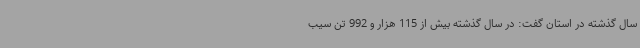
سال گذشته در استان گفت: در سال گذشته بیش از 115 هزار و 992 تن سیب